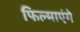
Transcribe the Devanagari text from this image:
फिल्माएंगे